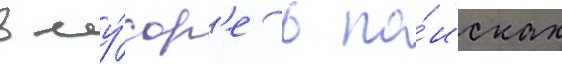
в му́сор'е в по́исках